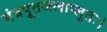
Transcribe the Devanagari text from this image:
मंत्रपूतजलाप्लुतः।